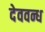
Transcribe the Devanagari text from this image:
देववन्ध